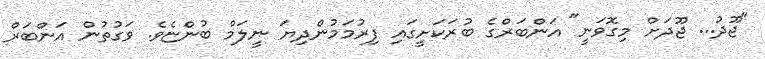
"ޖޫދު... ޖޫދަށް މިގޮވަނީ" އަންބަރްގެ ބުރަކަށީގައި ފިރުމަމުންދިޔަ ނީލަމް ބުންޏެވެ. ވަގުތުން އަންބަރް